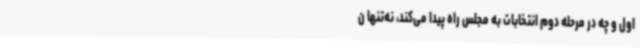
اول و چه در مرحله دوم انتخابات به مجلس راه پیدا می‌کند، نه‌تنها ن